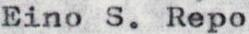
Eino S.Repo